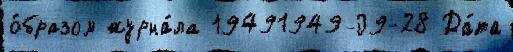
о́бразом журна́ла 19491949-09-28 Да́та